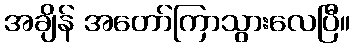
အချိန် အတော်ကြာသွားလေပြီ။